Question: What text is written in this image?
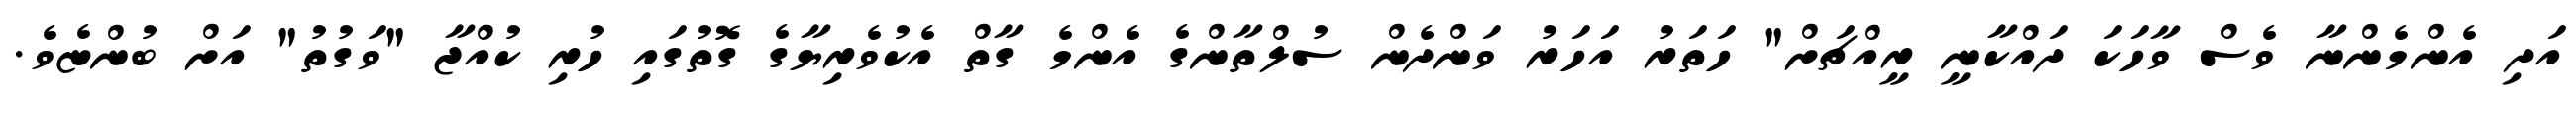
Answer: އަދި އެންމެންނާ ވެސް ވާހަކަ ދައްކާނީ ރީއްޗަށް" ހަތަރު އަހަރު ވަންދެން ސުލްތާންގެ އެންމެ ގާތް އެކުވެރިޔާގެ ގޮތުގައި ހުރި ކުއްޖާ "ވަގުތު" އަށް ބުންޏެވެ.